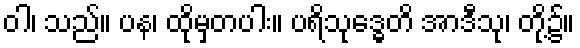
ဝါ၊ သည်။ ပန၊ ထိုမှတပါး။ ပရိသုဒ္ဓေတိ အာဒီသု၊ တို့၌။